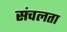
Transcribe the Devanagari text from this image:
संचलता